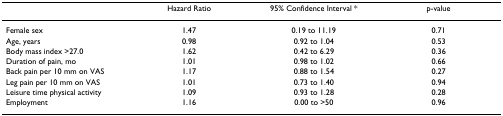
<table><thead><tr><td></td><td><b>Hazard Ratio</b></td><td><b>95% Confidence Interval *</b></td><td><b>p-value</b></td></tr></thead><tbody><tr><td>Female sex</td><td>1.47</td><td>0.19 to 11.19</td><td>0.71</td></tr><tr><td>Age, years</td><td>0.98</td><td>0.92 to 1.04</td><td>0.53</td></tr><tr><td>Body mass index &gt;27.0</td><td>1.62</td><td>0.42 to 6.29</td><td>0.36</td></tr><tr><td>Duration of pain, mo</td><td>1.01</td><td>0.98 to 1.02</td><td>0.66</td></tr><tr><td>Back pain per 10 mm on VAS</td><td>1.17</td><td>0.88 to 1.54</td><td>0.27</td></tr><tr><td>Leg pain per 10 mm on VAS</td><td>1.01</td><td>0.73 to 1.40</td><td>0.94</td></tr><tr><td>Leisure time physical activity</td><td>1.09</td><td>0.93 to 1.28</td><td>0.28</td></tr><tr><td>Employment</td><td>1.16</td><td>0.00 to &gt;50</td><td>0.96</td></tr></tbody></table>